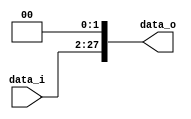
//Subject:      CO project 2 - Shift_Left_Two_32
//--------------------------------------------------------------------------------
//Version:     1
//--------------------------------------------------------------------------------
//Description: 
//--------------------------------------------------------------------------------

module Shift_Left_Two_26(
    data_i,
    data_o
    );

//I/O ports                    
input [26-1:0] data_i;
output [28-1:0] data_o;
reg [28-1:0] data_o;
always @(data_i)
	begin
    data_o[28-1:0] = {data_i[26-1:0],2'b00};
	end
endmodule